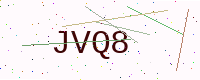
Text: JVQ8